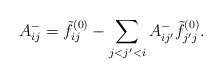
LaTeX: \begin{align*} A^-_{ij}=\tilde{f}^{(0)}_{ij}-\sum_{j<j'<i}A^-_{ij'}\tilde{f}^{(0)}_{j'j}.\end{align*}